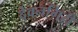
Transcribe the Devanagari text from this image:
देवनगिरी